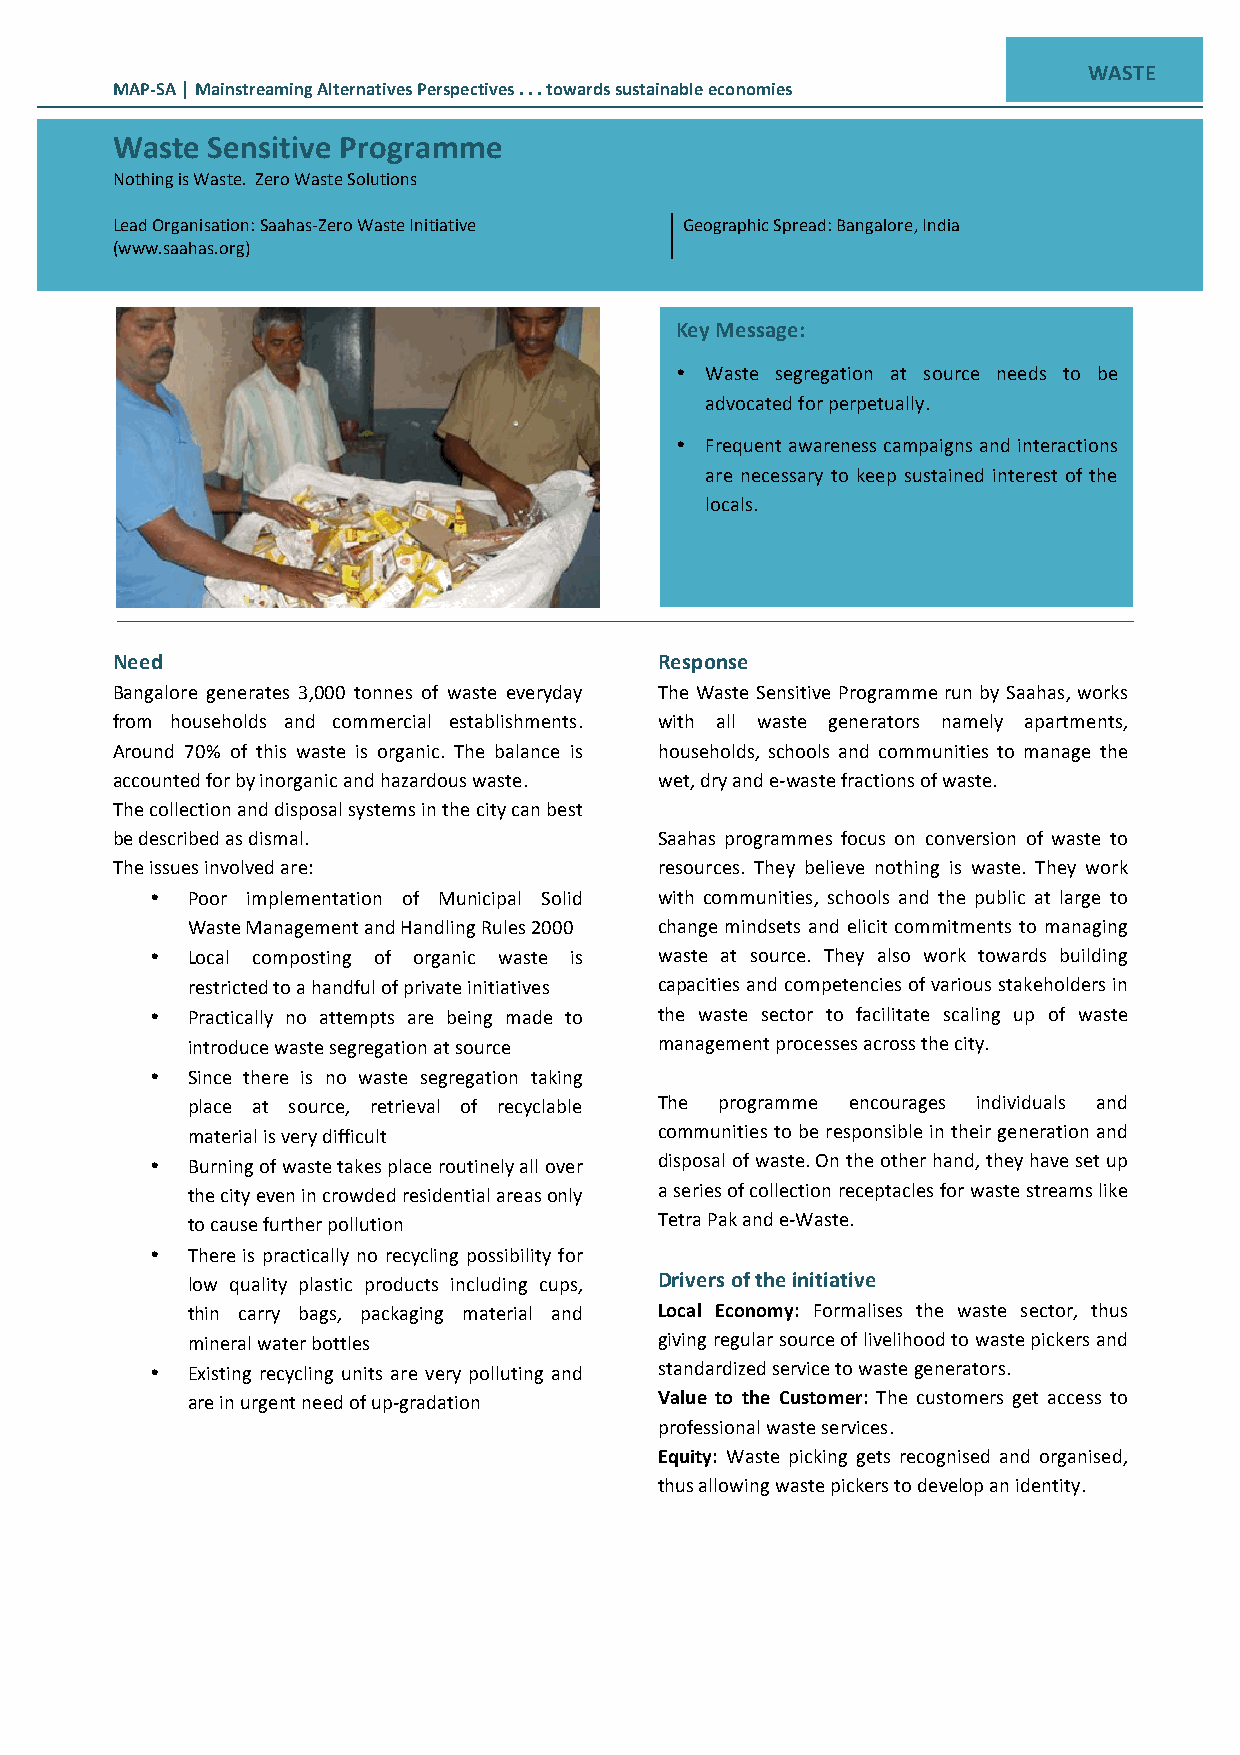
WASTE
 MAP-­‐SA | Mainstreaming Alternatives Perspectives . . . towards sustainable economies
 Waste  Sensitive Programme
 Nothing is Waste. Zero Waste Solutions
 Lead Organisation: Saahas-­‐Zero Waste Initiative Geographic Spread: Bangalore, India
 (www.saahas.org)
 Key Message:
 • Waste segregation at source needs to be
 advocated for perpetually.
 • Frequent awareness campaigns and interactions
 are necessary to keep sustained interest of the
 locals.
 Need                                 Response
 Bangalore generates 3,000 tonnes of waste everyday The Waste Sensitive Programme run by Saahas, works
 from households and commercial establishments. with all waste generators namely apartments,
 Around 70% of this waste is organic. The balance is households, schools and communities to manage the
 accounted for by inorganic and hazardous waste. wet, dry and e-­‐waste fractions of waste.
 The collection and disposal systems in the city can best
 be described as dismal.              Saahas programmes focus on conversion of waste to
 The issues involved are:             resources. They believe nothing is waste. They work
 • Poor implementation of Municipal Solid with communities, schools and the public at large to
 Waste Management and Handling Rules 2000 change mindsets and elicit commitments to managing
 • Local composting of organic waste is waste at source. They also work towards building
 restricted to a handful of private initiatives capacities and competencies of various stakeholders in
 • Practically no attempts are being made to the waste sector to facilitate scaling up of waste
 introduce waste segregation at source management processes across the city.
 • Since there is no waste segregation taking
 place at source, retrieval of recyclable The programme encourages individuals and
 material is very difficult      communities to be responsible in their generation and
 • Burning of waste takes place routinely all over disposal of waste. On the other hand, they have set up
 the city even in crowded residential areas only a series of collection receptacles for waste streams like
 to cause further pollution      Tetra Pak and e-­‐Waste.
 • There is practically no recycling possibility for
 low quality plastic products including cups, Drivers of the initiative
 thin carry bags, packaging material and Local Economy: Formalises the waste sector, thus
 mineral water bottles           giving regular source of livelihood to waste pickers and
 • Existing recycling units are very polluting and standardized service to waste generators.
 are in urgent need of up-­‐gradation Value to the Customer: The customers get access to
 professional waste services.
 Equity: Waste picking gets recognised and organised,
 thus allowing waste pickers to develop an identity.